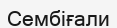
Сембіғали